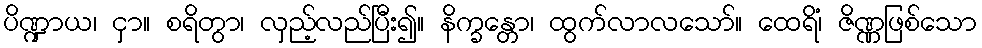
ပိဏ္ဍာယ၊ ငှာ။ စရိတွာ၊ လှည့်လည်ပြီး၍။ နိက္ခန္တော၊ ထွက်လာလသော်။ ထေရိံ၊ ဇိဏ္ဏဖြစ်သော